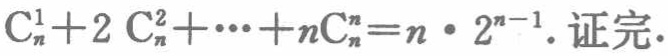
\(\mathrm{C}_{n}^{1}+2\mathrm{C}_{n}^{2}+\cdots +n\mathrm{C}_{n}^{n}=n\cdot 2^{n - 1}.\)证完.